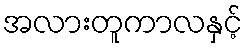
အလားတူကာလနှင့်